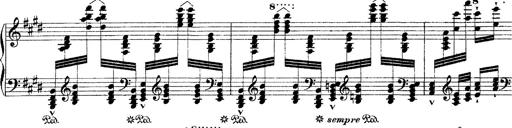
Title: Ã‰tudes d'exÃ©cution transcendante d'aprÃ¨s Paganini
Composer: Franz Liszt